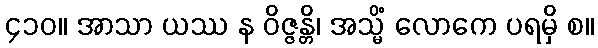
၄၁၀။ အာသာ ယဿ န ဝိဇ္ဇန္တိ၊ အသ္မိံ လောကေ ပရမှိ စ။